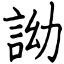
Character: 詏